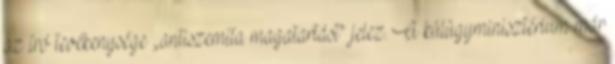
az író tevékenysége „antiszemita magatartást” jelez. A külügyminisztérium már